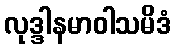
လုဒ္ဒါနမာဝါသမိဒံ